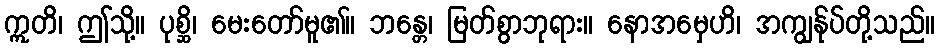
ဣတိ၊ ဤသို့။ ပုစ္ဆိ၊ မေးတော်မူ၏။ ဘန္တေ၊ မြတ်စွာဘုရား။ နောအမှေဟိ၊ အကျွန်ုပ်တို့သည်။